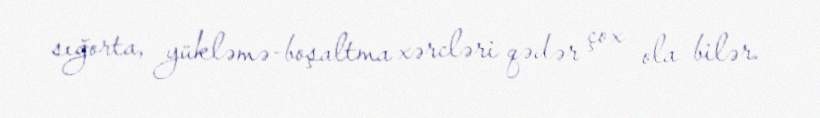
sığorta, yükləmə-boşaltma xərcləri qədər çox ola bilər.